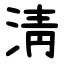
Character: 淸